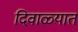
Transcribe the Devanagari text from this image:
दिवाळ्यात